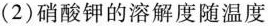
(2)硝酸钾的溶解度随温度